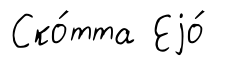
Ско́тта Еjо́